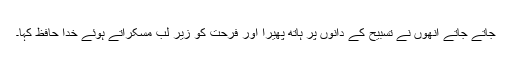
جاتے جاتے انھوں نے تسبیح کے دانوں پر ہاتھ پھیرا اور فرحت کو زیرِ لب مسکراتے ہوئے خدا حافظ کہا۔